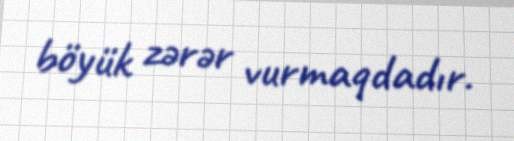
böyük zərər vurmaqdadır.